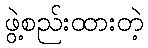
ဖွဲ့စည်းထားတဲ့